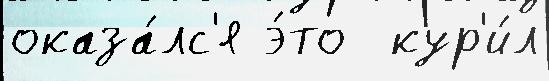
оказа́лс'я э́то  кур'и́л